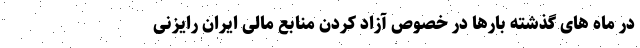
در ماه های گذشته بارها در خصوص آزاد کردن منابع مالی ایران رایزنی